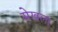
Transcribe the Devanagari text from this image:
सेखला